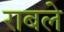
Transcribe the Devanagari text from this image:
राबले